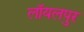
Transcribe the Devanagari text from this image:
लॉयलपुर